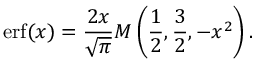
\operatorname { e r f } ( x ) = { \frac { 2 x } { \sqrt { \pi } } } M \left( { \frac { 1 } { 2 } } , { \frac { 3 } { 2 } } , - x ^ { 2 } \right) .